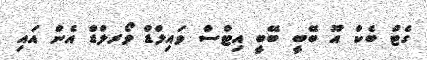
ގެޓް ބެކް އޫ ބޭބީ ބޭބީ އިޓްސް ވައިލްޑް ވޯރލްޑް އެން އައި